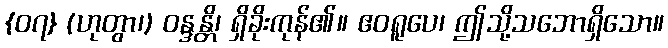
{၀၇} (ဟုတွာ၊) ဝန္ဒန္တိ၊ ရှိခိုးကုန်၏။ ဧဝရူပေ၊ ဤသို့သဘောရှိသော။